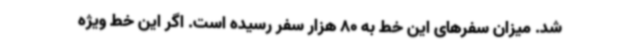
شد. میزان سفرهای این خط به 80 هزار سفر رسیده است. اگر این خط ویژه